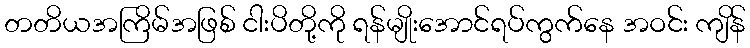
တတိယအကြိမ်အဖြစ် ငါးပိတို့ကို ရန်မျိုးအောင်ရပ်ကွက်နေ အဝင်း ကျိန်